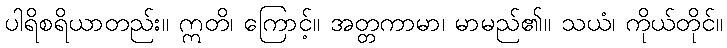
ပါရိစရိယာတည်း။ ဣတိ၊ ကြောင့်။ အတ္တကာမာ၊ မာမည်၏။ သယံ၊ ကိုယ်တိုင်။